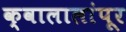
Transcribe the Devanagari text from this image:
क्वालालांपूर